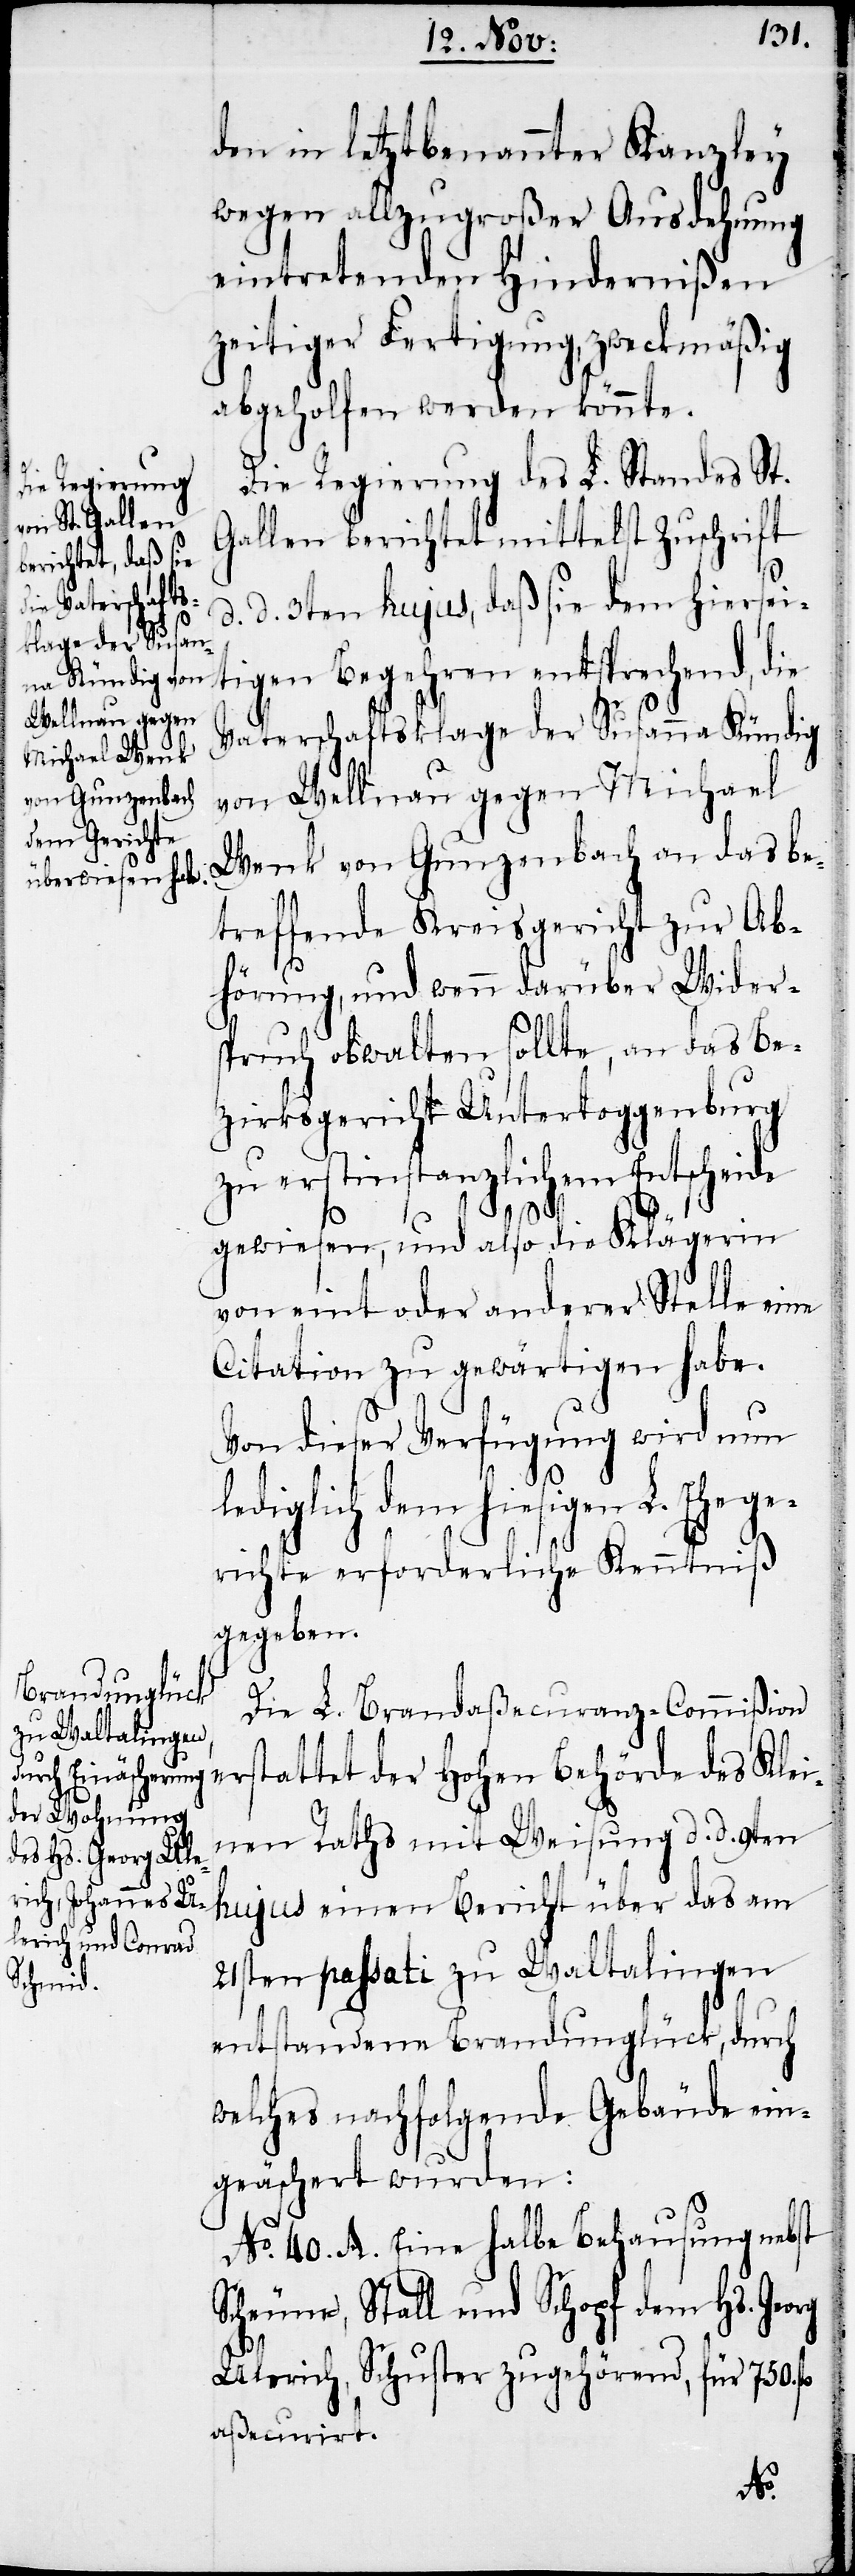
den in letztbenannter Kanzley
wegen allzugroßer Ausdehnung
eintretenden Hindernißen
zeitiger Fertigung, zweckmäßig
abgeholfen werden könnte.
Die Regierung des L. Standes St.
Gallen berichtet mittelst Zuschrift
d. d. 3ten hujus, daß sie dem hiersei¬
tigen Begehren entsprechend, die
Vaterschaftsklage der Susanna Kündig
von Wellnau gegen Michael
Wenk von Gunzenbach an das be¬
treffende Kreisgericht zur Ab¬
hörung, und wenn darüber Wider¬
spruch obwalten sollte, an das Be¬
zirksgericht Untertoggenburg
zu erstinstanzlichem Entscheide
l¬
gewiesen, und also die Klägerin
von eint oder anderer Stelle eine
Citation zu gewärtigen habe.
Von dieser Verfügung wird nun
der Hohen Behörde des Klei¬
richte erforderliche Kenntniß
gegeben.
Die L. Brandaßecuranz-Commißion
nen Raths mit Weisung d. d. 9ten
hujus einen Bericht über das am
21sten passati zu Waltalingen
entstandene Brandunglück, durch
welches nachfolgende Gebäude ein¬
geäschert wurden:
No. 40. A. Eine halbe Behausung nebst
Scheune, Stall und Schopf dem Hs. Georg
Ulerich, Schuster zugehörend, für 750. fl
aßecurirt.